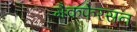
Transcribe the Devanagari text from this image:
मैकफेरसन